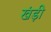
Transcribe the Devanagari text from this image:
खंड़ी